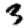
Digit: 3